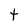
Character: t